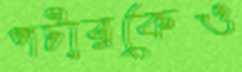
পটারকেও